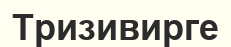
Тризивирге